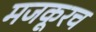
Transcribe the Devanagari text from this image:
मजकूरच